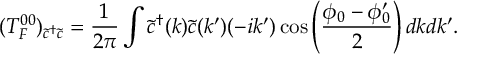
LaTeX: ( { \cal T } _ { F } ^ { 0 0 } ) _ { \tilde { c } ^ { \dagger } \tilde { c } } = { \frac { 1 } { 2 \pi } } \int \tilde { c } ^ { \dagger } ( k ) \tilde { c } ( k ^ { \prime } ) ( - i k ^ { \prime } ) \cos \left( { \frac { \phi _ { 0 } - \phi _ { 0 } ^ { \prime } } { 2 } } \right) d k d k ^ { \prime } .